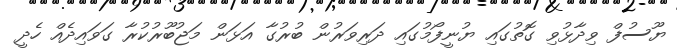
ޔޫސުފް ވިދާޅުވި ގޮތުގައި ޔުނީފޯމުގައި ދަރިވަރުން ބުރުގާ އަޅަން މަޖުބޫރުކުރާ ގަވައިދެއް ހެދީ